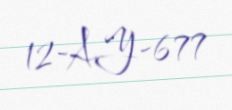
12-AY-677